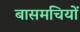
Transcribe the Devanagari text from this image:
बासमचियों